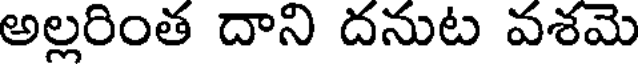
అల్లరింత దాని దనుట వశమె